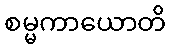
စမ္မကာယောတိ